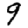
Digit: 9